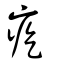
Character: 疙